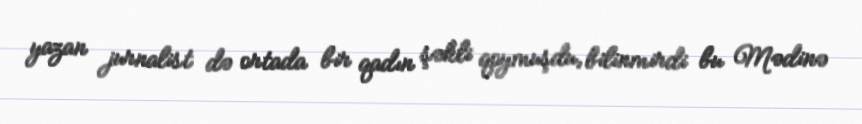
yazan jurnalist də ortada bir qadın şəkli qoymuşdu, bilinmirdi bu Mədinə